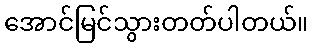
အောင်မြင်သွားတတ်ပါတယ်။